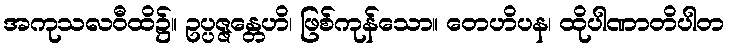
အကုသလဝီထိ၌။ ဥပ္ပဇ္ဇန္တေဟိ၊ ဖြစ်ကုန်သော။ တေဟိပန၊ ထိုပါဏာတိပါတ